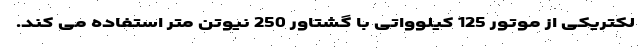
لکتریکی از موتور 125 کیلوواتی با گشتاور 250 نیوتن متر استفاده می کند.